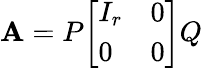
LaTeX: \mathbf{A}=P{\left[\begin{array}{ll}{I_{r}}&{0}\\ {0}&{0}\end{array}\right]}Q